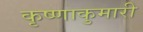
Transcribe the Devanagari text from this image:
कृष्णाकुमारी